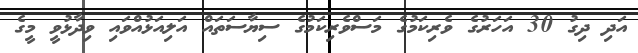
އަދި ދިގު 30 އަހަރުގެ ވެރިކަމުގެ މަސްވެރިކަމުގެ ސިޔާސަތައް އަލިއަޅުއްވައި ވިދާޅުވީ މީގެ